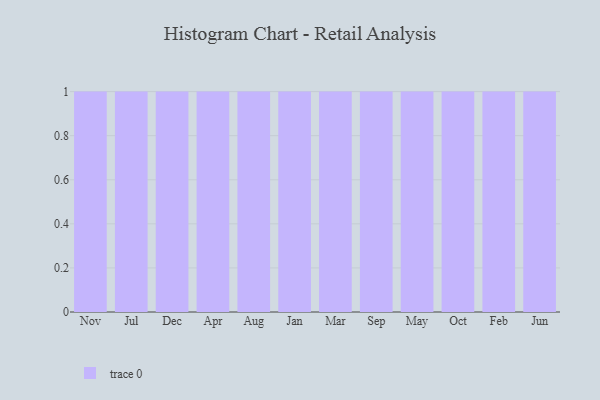
{"axis": {"x": "Month", "y": "Budget (USD K)"}, "legend": [""], "data": [{"x": "Nov", "y": 81, "type": ""}, {"x": "Jul", "y": 5, "type": ""}, {"x": "Dec", "y": 27, "type": ""}, {"x": "Apr", "y": 63, "type": ""}, {"x": "Aug", "y": 14, "type": ""}, {"x": "Jan", "y": 44, "type": ""}, {"x": "Mar", "y": 38, "type": ""}, {"x": "Sep", "y": 98, "type": ""}, {"x": "May", "y": 10, "type": ""}, {"x": "Oct", "y": 16, "type": ""}, {"x": "Feb", "y": 80, "type": ""}, {"x": "Jun", "y": 6, "type": ""}]}